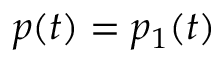
p ( t ) = p _ { 1 } ( t )